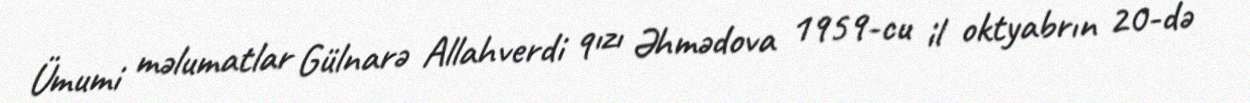
Ümumi məlumatlar Gülnarə Allahverdi qızı Əhmədova 1959-cu il oktyabrın 20-də